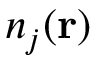
n _ { j } ( \mathbf { r } )